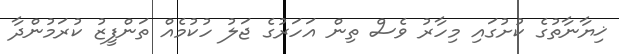
ޚިޔާނާތުގެ ކުށުގައި މިހާރު ވެސް ތިން އަހަރުގެ ޖަލު ހުކުމެއް ތަންފީޒު ކުރަމުންދާ